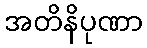
အတိနိပုဏာ